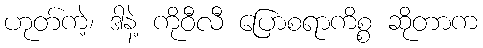
ဟုတ်ကဲ့၊ ဒါနဲ့ ကိုဝီလီ ပြောစရာကိစ္စ ဆိုတာက